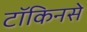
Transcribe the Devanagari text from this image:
टॉकिनसे